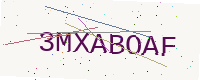
Text: 3MXABOAF